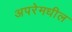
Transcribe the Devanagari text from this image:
अपरेमधील